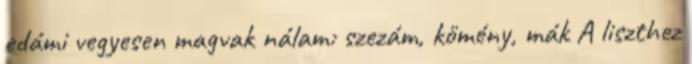
edámi vegyesen magvak nálam: szezám, kömény, mák A liszthez